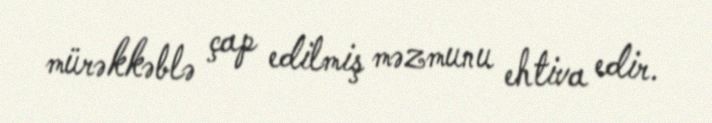
mürəkkəblə çap edilmiş məzmunu ehtiva edir.